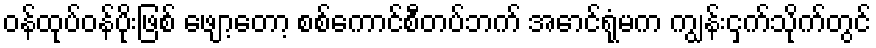
ဝန်ထုပ်ဝန်ပိုးဖြစ် ဖျော့တော့ စစ်ကောင်စီတပ်ဘက် အောင်ရုံမက ကျွန်းငှက်သိုက်တွင်